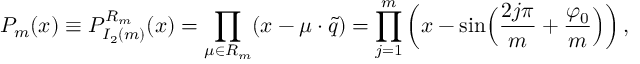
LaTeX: P _ { m } ( x ) \equiv P _ { I _ { 2 } ( m ) } ^ { R _ { m } } ( x ) = \prod _ { \mu \in { R _ { m } } } ( x - \mu \cdot \tilde { q } ) = \prod _ { j = 1 } ^ { m } \left( x - \sin \Bigl ( { \frac { 2 j \pi } { m } } + { \frac { \varphi _ { 0 } } { m } } \Bigr ) \right) ,